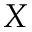
X